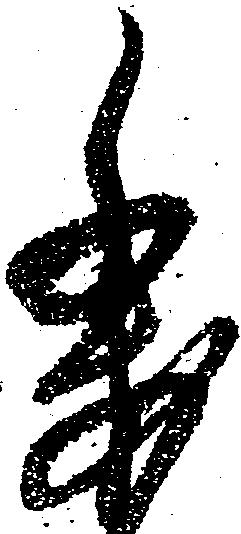
委